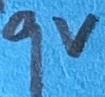
Text: 9V